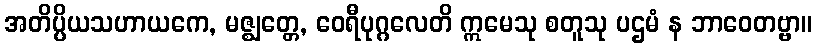
အတိပ္ပိယသဟာယကေ, မဇ္ဈတ္တေ, ဝေရီပုဂ္ဂလေတိ ဣမေသု စတူသု ပဌမံ န ဘာဝေတဗ္ဗာ။